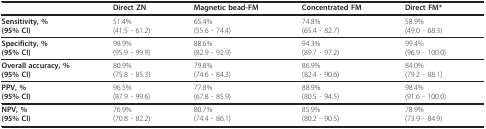
|  | Direct ZN | Magnetic bead-FM | Concentrated FM | Direct FM* |
 | --- | --- | --- | --- | --- |
 | Sensitivity, %(95% CI) | 51.4%(41.5 - 61.2) | 65.4%(55.6 - 74.4) | 74.8%(65.4 - 82.7) | 58.9%(49.0 - 68.3) |
 | Specificity, %(95% CI) | 98.9%(95.9 - 99.9) | 88.6%(82.9 - 92.9) | 94.3%(89.7 - 97.2) | 99.4%(96.9 - 100.0) |
 | Overall accuracy, %(95% CI) | 80.9%(75.8 - 85.3) | 79.8%(74.6 - 84.3) | 86.9%(82.4 - 90.6) | 84.0%(79.2 - 88.1) |
 | PPV, %(95% CI) | 96.5%(87.9 - 99.6) | 77.8%(67.8 - 85.9) | 88.9%(80.5 - 94.5) | 98.4%(91.6 - 100.0) |
 | NPV, %(95% CI) | 76.9%(70.8 - 82.2) | 80.7%(74.4 - 86.1) | 85.9%(80.2 - 90.5) | 78.9%(73.9 - 84.9) |